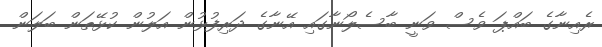
ރެއިނާގެ ބައްޕަ ވެސް ވަނީ ބާސެލޯނާގައި އޭނާގެ ދަރިފުޅުން އަލުން ކުޅޭތަން ބަލަން